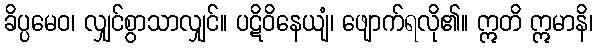
ခိပ္ပမေဝ၊ လျှင်စွာသာလျှင်။ ပဋိဝိနေယျံ၊ ဖျောက်ရလို၏။ ဣတိ ဣမာနိ၊